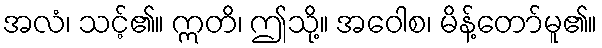
အလံ၊ သင့်၏။ ဣတိ၊ ဤသို့။ အဝေါစ၊ မိန့်တော်မူ၏။